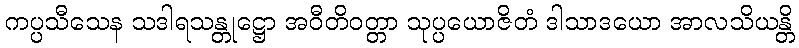
ကပ္ပသီသေန သဒါရသန္တုဋ္ဌော အဝီတိဝတ္တာ သုပ္ပယောဇိတံ ဒါသာဒယော အာလသိယန္တိ